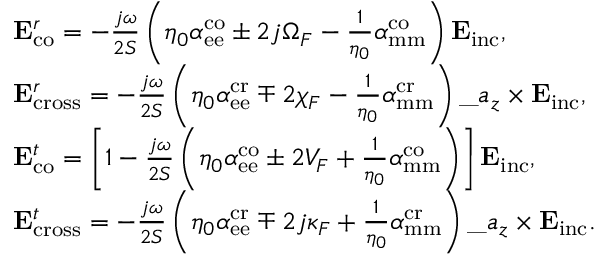
\begin{array} { r l } & { \mathbf { E } _ { \mathrm { c o } } ^ { r } = - \frac { j \omega } { 2 S } \left( \eta _ { 0 } { \alpha } _ { \mathrm { e e } } ^ { \mathrm { c o } } \pm 2 j \Omega _ { \/ F } - \frac { 1 } { \eta _ { 0 } } { \alpha } _ { \mathrm { m m } } ^ { \mathrm { c o } } \right) \mathbf { E } _ { \mathrm { i n c } } , } \\ & { \mathbf { E } _ { \mathrm { c r o s s } } ^ { r } = - \frac { j \omega } { 2 S } \left( \eta _ { 0 } { \alpha } _ { \mathrm { e e } } ^ { \mathrm { c r } } \mp 2 \chi _ { \/ F } - \frac { 1 } { \eta _ { 0 } } { \alpha } _ { \mathrm { m m } } ^ { \mathrm { c r } } \right) \_ a _ { z } \times \mathbf { E } _ { \mathrm { i n c } } , } \\ & { \mathbf { E } _ { \mathrm { c o } } ^ { t } = \left[ 1 - \frac { j \omega } { 2 S } \left( \eta _ { 0 } { \alpha } _ { \mathrm { e e } } ^ { \mathrm { c o } } \pm 2 V _ { \/ F } + \frac { 1 } { \eta _ { 0 } } { \alpha } _ { \mathrm { m m } } ^ { \mathrm { c o } } \right) \right] \mathbf { E } _ { \mathrm { i n c } } , } \\ & { \mathbf { E } _ { \mathrm { c r o s s } } ^ { t } = - \frac { j \omega } { 2 S } \left( \eta _ { 0 } { \alpha } _ { \mathrm { e e } } ^ { \mathrm { c r } } \mp 2 j \kappa _ { \/ F } + \frac { 1 } { \eta _ { 0 } } { \alpha } _ { \mathrm { m m } } ^ { \mathrm { c r } } \right) \_ a _ { z } \times \mathbf { E } _ { \mathrm { i n c } } . } \end{array}